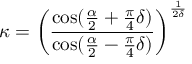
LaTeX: \kappa = \left( \frac { \cos ( \frac { \alpha } { 2 } + \frac { \pi } { 4 } \delta ) } { \cos ( \frac { \alpha } { 2 } - \frac { \pi } { 4 } \delta ) } \right) ^ { \frac { 1 } { 2 \delta } }